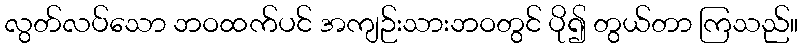
လွတ်လပ်သော ဘဝထက်ပင် အကျဉ်းသားဘဝတွင် ပို၍ တွယ်တာ ကြသည်။